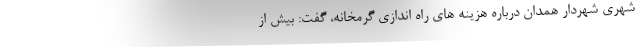
شهری شهردار همدان درباره هزینه های راه اندازی گرمخانه، گفت: بیش از